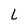
Character: L